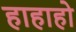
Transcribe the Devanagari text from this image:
हाहाहो